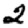
Digit: 2